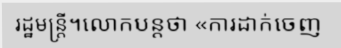
រដ្ឋមន្ត្រី។លោកបន្តថា «ការដាក់ចេញ